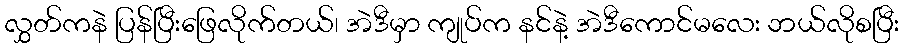
လွှတ်ကနဲ ပြန်ပြီးဖြေလိုက်တယ်၊ အဲဒီမှာ ကျုပ်က နင်နဲ့ အဲဒီကောင်မလေး ဘယ်လိုစပြီး